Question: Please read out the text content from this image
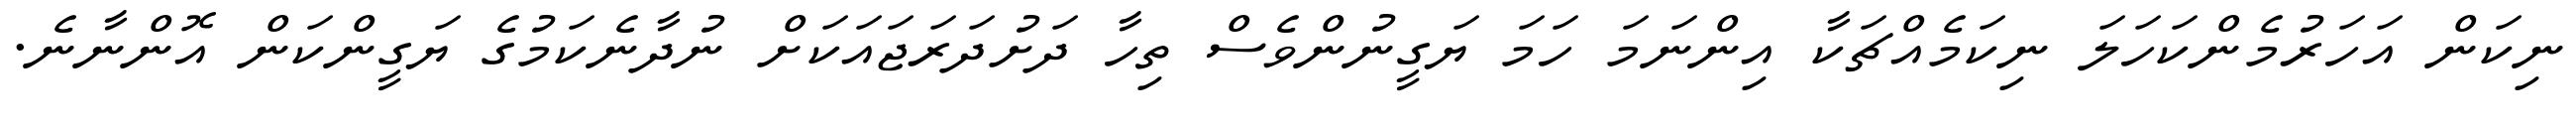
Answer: ނިކަން އަހަރުމެންކަހަލަ ނިކަމެއްޗަކާ އިންނަމަ ހަމަ ޔަގީނުންވެސް ތިހާ ދަށުދަރަޖައަކަށް ނުދާނެކަމުގެ ޔަގީންކަން އޮންނާނެ.